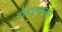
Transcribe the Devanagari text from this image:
गोपालचन्दर